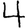
Digit: 4